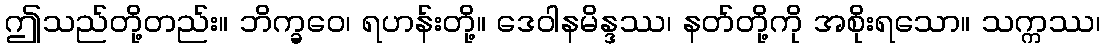
ဤသည်တို့တည်း။ ဘိက္ခဝေ၊ ရဟန်းတို့။ ဒေဝါနမိန္ဒဿ၊ နတ်တို့ကို အစိုးရသော။ သက္ကဿ၊